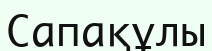
Сапақұлы